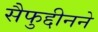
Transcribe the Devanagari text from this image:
सैफुद्दीनने